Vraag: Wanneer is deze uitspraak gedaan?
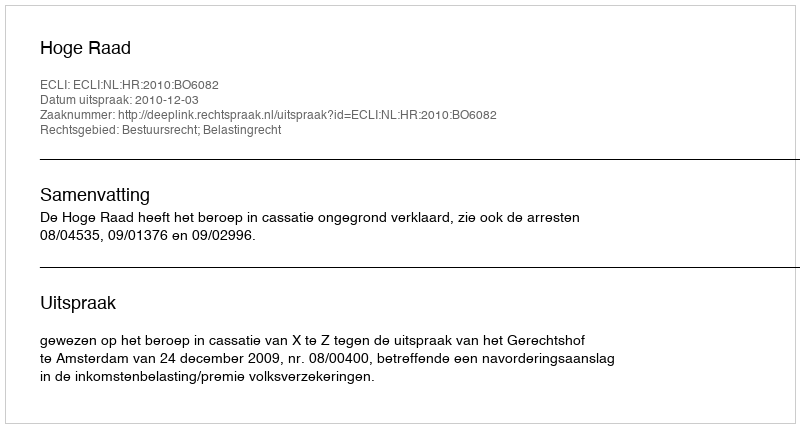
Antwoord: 2010-12-03